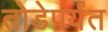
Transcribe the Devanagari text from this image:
तोडेपर्यंत